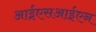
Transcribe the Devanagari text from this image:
आईएसआईएन